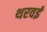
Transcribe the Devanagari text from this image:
थरवई